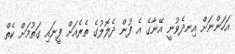
އަހަންނަށް އިނދެވުނީ އޭނާގެ އެ ފުން ދެލޮލުގެ ތެރެއަށް ފީނައި ގަތުމަށް ކެތް